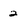
Character: 2